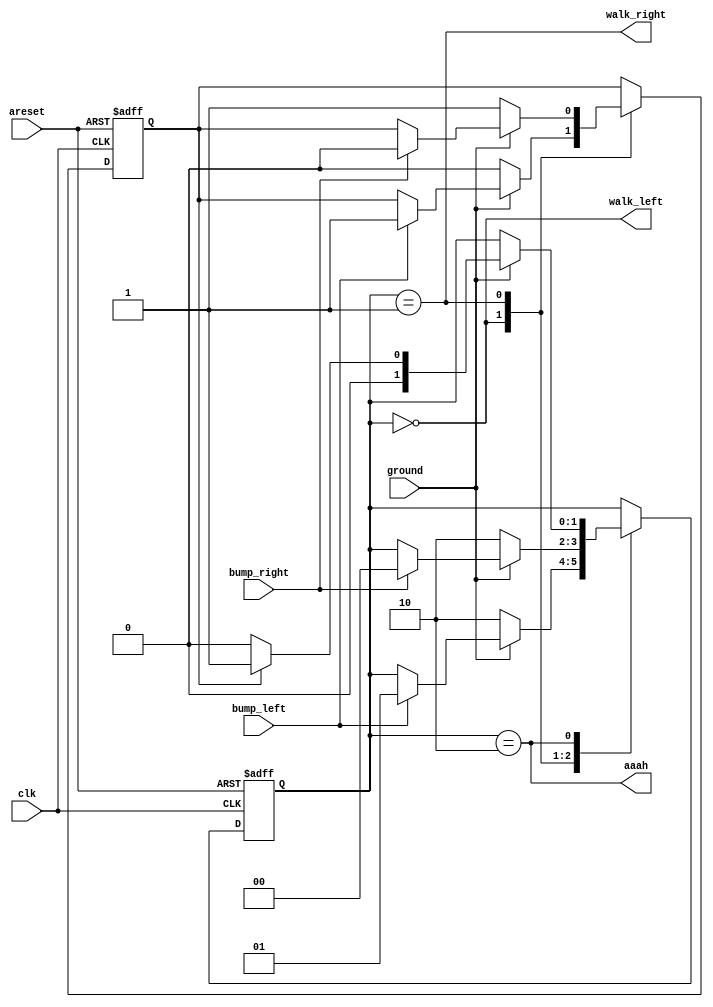
module top_module(
    input clk,
    input areset,    
    input bump_left,
    input bump_right,
    input ground,
    output walk_left,
    output walk_right,
    output aaah );

    // State declaration
    parameter LEFT = 0, RIGHT = 1, FALL = 2;
    reg [1:0] state, next_state;
    reg direction; 

    always @(posedge clk or posedge areset) begin
        if (areset) begin
            state <= LEFT;  
            direction <= 0;
        end else begin
            case (state)
                LEFT: begin
                    if (!ground) begin
                        state <= FALL;
                        direction <= 0;
                    end else if (bump_left) begin
                        state <= RIGHT;
                        direction <= 1;
                    end
                end
                RIGHT: begin
                    if (!ground) begin
                        state <= FALL;
                        direction <= 1;
                    end else if (bump_right) begin
                        state <= LEFT;
                        direction <= 0;
                    end
                end
                FALL: begin
                    if (ground)
                        state <= direction ? RIGHT : LEFT;
                end
            endcase
        end
    end

    assign walk_left = (state == LEFT);
    assign walk_right = (state == RIGHT);
    assign aaah = (state == FALL);
    
endmodule